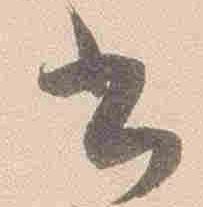
書